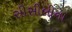
સીસીલીના